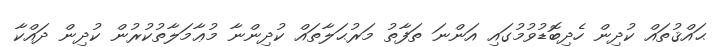
ޙައްޤުތައް ކުދިން ހެދިބޮޑުވުމުގައި އަންނަ ތަފާތު މަރުޙަލާތައް ކުދިންނާ މުޢާމަލާތުކުރުން ކުދިން ދައްކާ